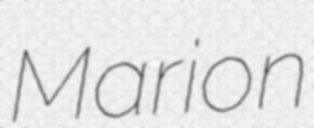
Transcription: Marion